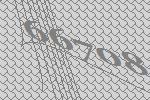
66708